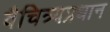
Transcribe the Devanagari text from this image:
वैचित्र्यप्रधान